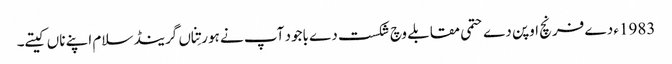
1983ء دے فرنچ اوپن دے حتمی مقابلے وچ شکست دے باجود آپ نے ہور تِناں گرینڈ سلام اپنے ناں کیتے۔